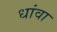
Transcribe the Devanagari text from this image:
धांवा